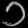
Digit: ၁